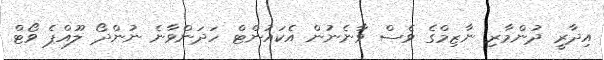
އިދާރީ ދުންމާރި ނާޒިމްގެ ވެސް ވާނެނުން އެކައުންޓް ހަދަންވާނެ ނުންދޯ ލޫއްޕެ ވޯޓް